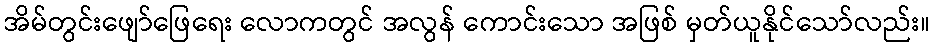
အိမ်တွင်းဖျော်ဖြေရေး လောကတွင် အလွန် ကောင်းသော အဖြစ် မှတ်ယူနိုင်သော်လည်း။